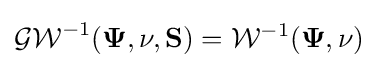
{\mathcal {GW}}^{-1}(\mathbf {\Psi } ,\nu ,\mathbf {S} )={\mathcal {W}}^{-1}(\mathbf {\Psi } ,\nu )